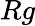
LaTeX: Rg